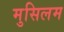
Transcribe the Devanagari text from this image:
मुसिलम